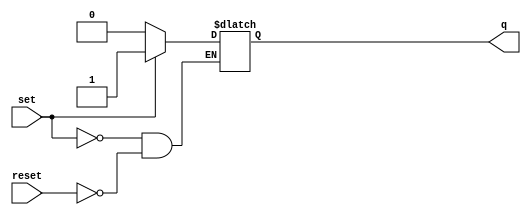
module SRLatch (
  input set,
  input reset,
  output q
);

  reg latch;

  // synopsys async_set_reset "set"
  // synopsys one_hot "set, reset"
  always @(set or reset)
  begin
    if (set)
      latch <= 1'b1;
    else if (reset)
      latch <= 1'b0;
  end

  assign q = latch;

endmodule

/*
   Copyright 2016 SiFive, Inc.

   Licensed under the Apache License, Version 2.0 (the "License");
   you may not use this file except in compliance with the License.
   You may obtain a copy of the License at

       http://www.apache.org/licenses/LICENSE-2.0

   Unless required by applicable law or agreed to in writing, software
   distributed under the License is distributed on an "AS IS" BASIS,
   WITHOUT WARRANTIES OR CONDITIONS OF ANY KIND, either express or implied.
   See the License for the specific language governing permissions and
   limitations under the License.
*/